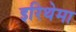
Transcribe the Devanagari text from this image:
इरिथेमा